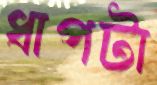
ধাপটা